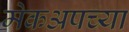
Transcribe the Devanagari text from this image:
मेकअपच्या